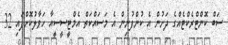
ސަބް ކޮންޓްރެކްޓެއްގެ ދަށުން އެ ކުންފުނިން އެ މަސައްކަތް އެމްޓީސީސީއާ ހަވާލުކޮށްފައި 32